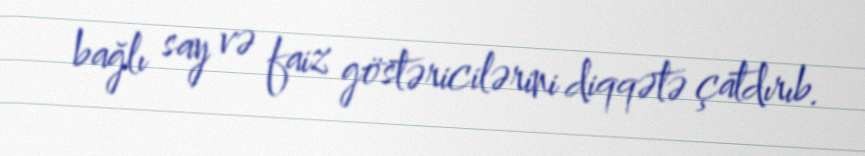
bağlı say və faiz göstəricilərini diqqətə çatdırıb.